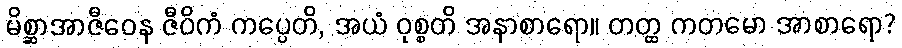
မိစ္ဆာအာဇီဝေန ဇီဝိကံ ကပ္ပေတိ, အယံ ဝုစ္စတိ အနာစာရော။ တတ္ထ ကတမော အာစာရော?